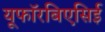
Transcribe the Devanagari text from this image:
यूफॉरबिएसिई